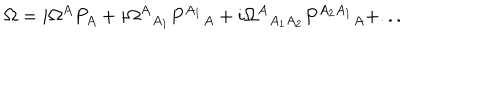
LaTeX: \Omega = i \Omega ^ { A } P _ { A } + i { \Omega ^ { A } } _ { A _ { 1 } } { P ^ { A _ { 1 } } } _ { A } + i { \Omega ^ { A } } _ { A _ { 1 } A _ { 2 } } { P ^ { A _ { 2 } A _ { 1 } } } _ { A } + . . .